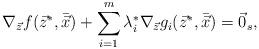
LaTeX: \begin{align*}\nabla_{\vec{z}} f(\vec{z}^{*},\bar{\vec{x}})+\sum\limits_{i=1}^{m}\lambda_{i}^{*}\nabla_{\vec{z}} g_{i}(\vec{z}^{*},\bar{\vec{x}}) = \vec{0}_{s},\end{align*}